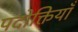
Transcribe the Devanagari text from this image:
पदोक्तियाँ